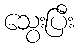
သွေးပြီး